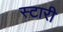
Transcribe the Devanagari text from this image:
स्टारी